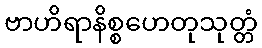
ဗာဟိရာနိစ္စဟေတုသုတ္တံ